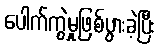
ပေါက်ကွဲမှုဖြစ်ပွားခဲ့ပြီး